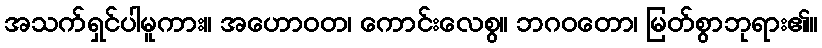
အသက်ရှင်ပါမူကား။ အဟောဝတ၊ ကောင်းလေစွ။ ဘဂဝတော၊ မြတ်စွာဘုရား၏။